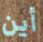
أين